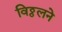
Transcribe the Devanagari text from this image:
विठ्ठलने